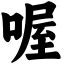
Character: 喔